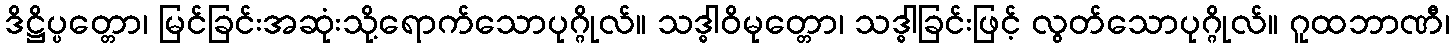
ဒိဋ္ဌိပ္ပတ္တော၊ မြင်ခြင်းအဆုံးသို့ရောက်သောပုဂ္ဂိုလ်။ သဒ္ဓါဝိမုတ္တော၊ သဒ္ဓါခြင်းဖြင့် လွတ်သောပုဂ္ဂိုလ်။ ဂူထဘာဏီ၊